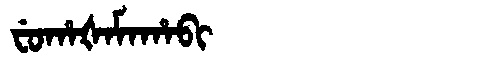
Manchu: ᠸᡠᡥᠠᡧᠠᠮᠠᡥᠠᠪᡳ
Romanization: FUHAŠAMAHABI